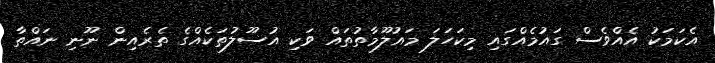
އެކަމަކު އެއްވެސް ގައުމެއްގައި މިކަހަލަ މައުލޫމާތުތައް ވަކި އުސޫލުތަކެއްގެ ތެރެއިން ނޫނި ނައްތާ